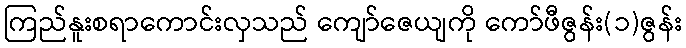
ကြည်နူးစရာကောင်းလှသည် ကျော်ဇေယျကို ကော်ဖီဇွန်း(၁)ဇွန်း